system: You are a helpful assistant.
user:
Analyze the provided spectrum to determine if it is a **"Cataclysmic Variables (CV)"**.

- **Key Indicators for CV (Check for either state):**
    - **State 1: Quiescent / Low-State (Emission-Dominated)**
        - **(Primary):** Strong and *very broad* Hydrogen Balmer emission lines (e.g., $H\alpha$ at 6563 Å, $H\beta$ at 4861 Å). The 'broadness' (high velocity dispersion, often FWHM > 1000 km/s) is the key diagnostic, indicating a high-velocity accretion disk.
        - **(Secondary):** Broad neutral Helium (He I) emission lines (e.g., 5876 Å, 6678 Å).
        - **(Key Confirmation):** Presence of high-excitation *ionized* Helium (He II) emission at 4686 Å. This is a strong indicator of accretion onto a white dwarf.
        - **(Line Profile):** Emission lines may exhibit a 'double-peaked' profile, which is a classic signature of a rotating accretion disk viewed at high inclination.

    - **State 2: Outburst / High-State (Absorption-Dominated)**
        - **(Primary):** Spectrum is dominated by a bright, blue continuum (looks like a hot star).
        - **(Secondary):** The emission lines from State 1 are weak, absent, or 'filled in', and are replaced by broad, shallow *absorption* lines (primarily Balmer and He I).
        - **(Morphology):** The overall spectrum mimics a hot B/A-type star. The crucial difference is that the absorption lines are significantly broader, shallower, and more 'washed-out' (or 'smeared') than the sharp lines of a normal stellar photosphere, due to high rotational speeds and pressure broadening in the disk.

Think first, call **spectral_visualization_tool** if needed to examine features in detail, then provide your final answer. Your response must adhere to the following strict rules:
1.  **Overall Structure:** Your response must follow the format `<think>...</think> <tool_call>...</tool_call> (if a tool is used) <answer>...</answer>`.
2.  **Tool Usage Constraint:** You may only make **one** tool call per turn.
3.  **Final Answer Format:** In the `<answer>` tag, your conclusion must be inside a `\boxed{}` command (e.g., `\boxed{YES}`), followed by your justification.

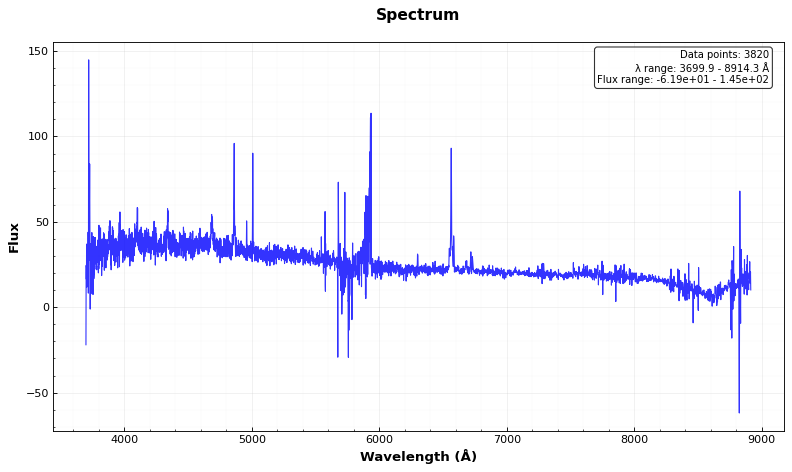
Answer: YES